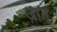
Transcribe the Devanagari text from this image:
ज़ान